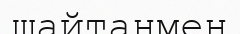
шайтанмен